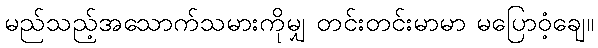
မည်သည့်အသောက်သမားကိုမျှ တင်းတင်းမာမာ မပြောဝံ့ချေ။